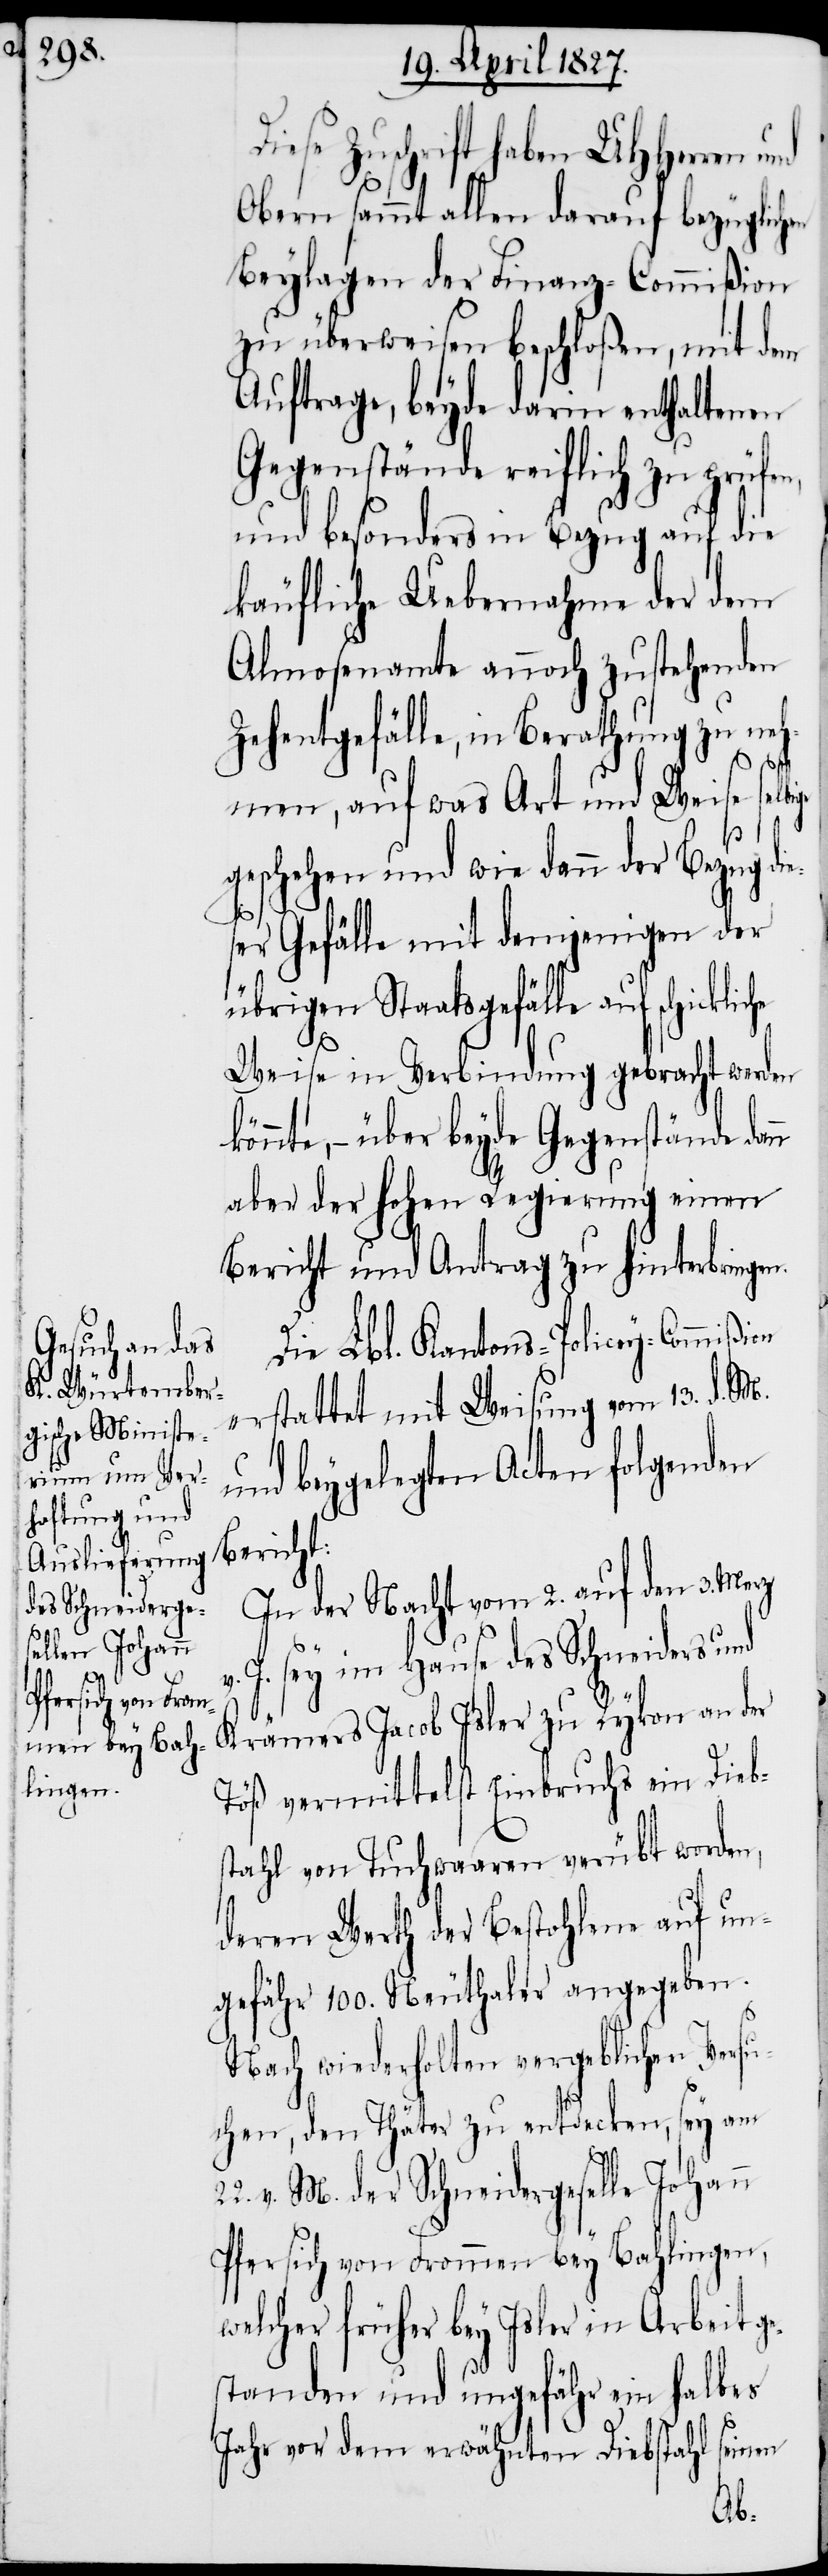
n

Diese Zuschrift haben UHHerren und
Obern sammt allen darauf bezüglichen
Beylagen der Finanz-Commißion
zu überweisen beschloßen, mit dem
Auftrage, beyde darin enthaltenen
Gegenstände reiflich zu prüfen,
und besonders in Bezug auf die
käufliche Uebernahme der dem
Almosenamte annoch zustehenden
Zehentgefälle, in Berathung zu neh¬
men, auf was Art und Weise selbige
t:
geschehen und wie dann der Bezug die¬
ser Gefälle mit demjenigen der
übrigen Staatsgefälle auf schickliche
Weise in Verbindung gebracht werden
könnte, – über beyde Gegenstände dan¬
aber der Hohen Regierung einen
Bericht und Antrag zu hinterbringen.
Die Lbl. Kantons-Policey-Commißi¬
erstattet mit Weisung vom 13. d. M.
und beygelegten Acten folgenden
Berich¬
In der Nacht vom 2. auf den 3. Merz
J. sey im Hause des Schneiders und
Krämers Jacob Isler zu Rykon an der
Töß vermittelst Einbruchs ein Dieb¬
stahl von Tuchwaaren verübt worden,
deren Werth der Bestohlene auf un¬
gefähr 100. Neuthaler angegeben.
Nach wiederholten vergeblichen Versu¬
chen, den Thäter zu entdecken, sey am
v. M. der Schneidergeselle Johann
Pfersich von Frommen bey Bahlingen,
welcher früher bey Isler in Arbeit ge¬
standen und ungefähr ein halbes
Jahr vor dem erwähnten Diebstahl seinen